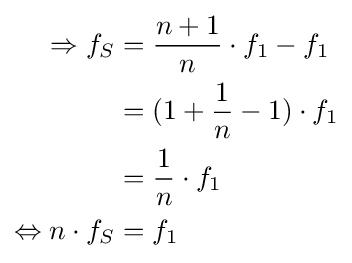
{\begin{aligned}\Rightarrow f_{S}&={\frac {n+1}{n}}\cdot f_{1}-f_{1}\\&=(1+{\frac {1}{n}}-1)\cdot f_{1}\\&={\frac {1}{n}}\cdot f_{1}\\\Leftrightarrow n\cdot f_{S}&=f_{1}\end{aligned}}